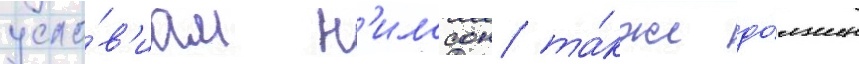
усло́в'иам н'илссон та́кже до́лжен